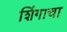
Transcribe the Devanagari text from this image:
शिंगाचा